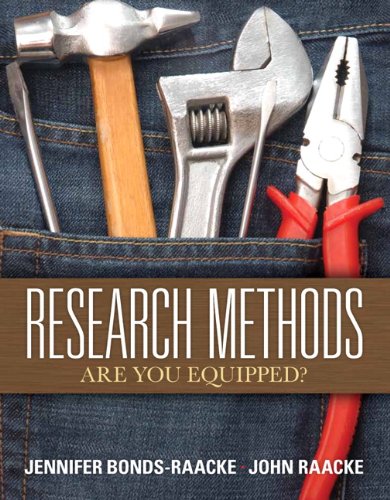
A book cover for Research Methods: Are You Equipped?; Jennifer Bonds-Raacke; Medical Books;